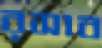
রসাব